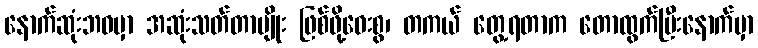
နောက်ဆုံးဘဝမှာ အဆုံးသတ်တာမျိုး ဖြစ်ဖို့ဝေးစွ၊ တကယ် တွေ့ရတာက တောထွက်ပြီးနောက်မှာ